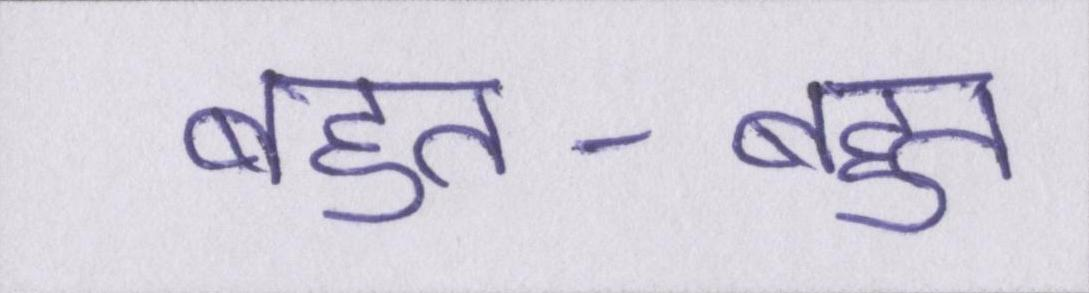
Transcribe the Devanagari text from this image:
बहुत-बहुत